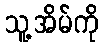
သူ့အိမ်ကို